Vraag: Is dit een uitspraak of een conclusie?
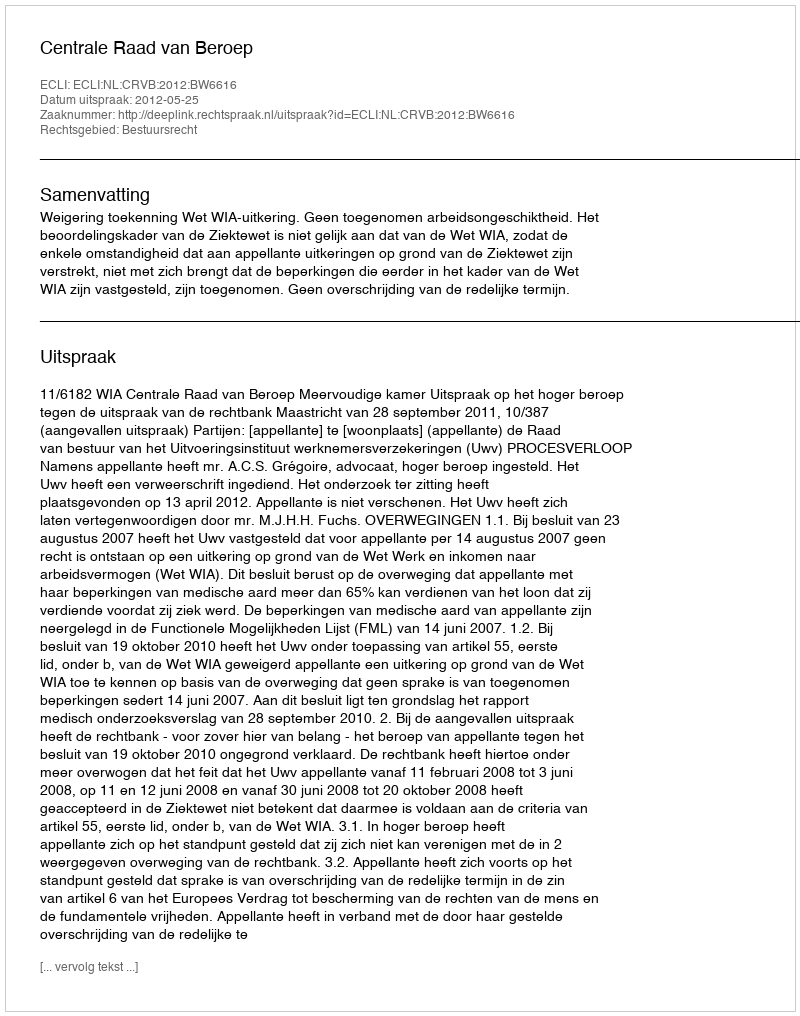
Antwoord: Uitspraak